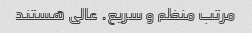
مرتب منظم و سریع. عالی هستند